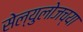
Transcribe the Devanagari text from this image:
सेल्युलोजच्या